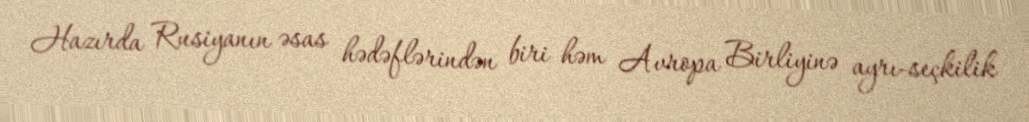
Hazırda Rusiyanın əsas hədəflərindən biri həm Avropa Birliyinə ayrı-seçkilik